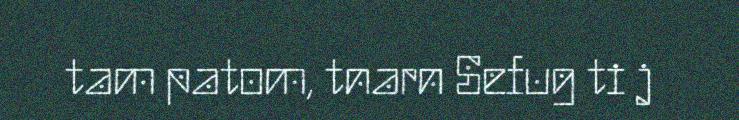
tam patom, tnarn Sefug ti j